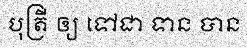
បុត្រី ឲ្យ ទៅជា ទាន បាន